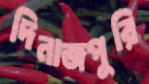
দিনাজপুরি